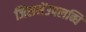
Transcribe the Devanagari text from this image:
जिसमेंउपलब्धि